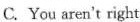
C. You aren't right